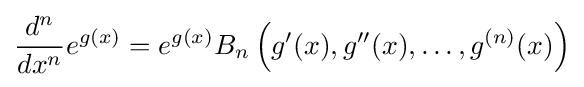
{d^{n} \over dx^{n}}e^{g(x)}=e^{g(x)}B_{n}\left(g'(x),g''(x),\dots ,g^{(n)}(x)\right)